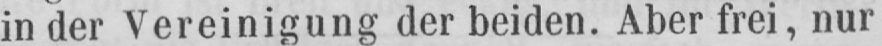
in der Vereinigung der beiden. Aber frei, nur